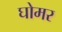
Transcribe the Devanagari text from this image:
घोमर